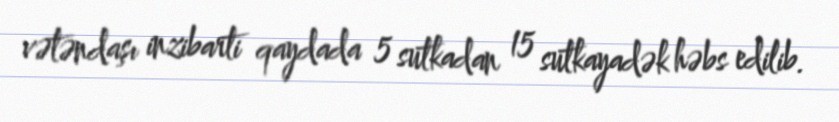
vətəndaşı inzibarti qaydada 5 sutkadan 15 sutkayadək həbs edilib.